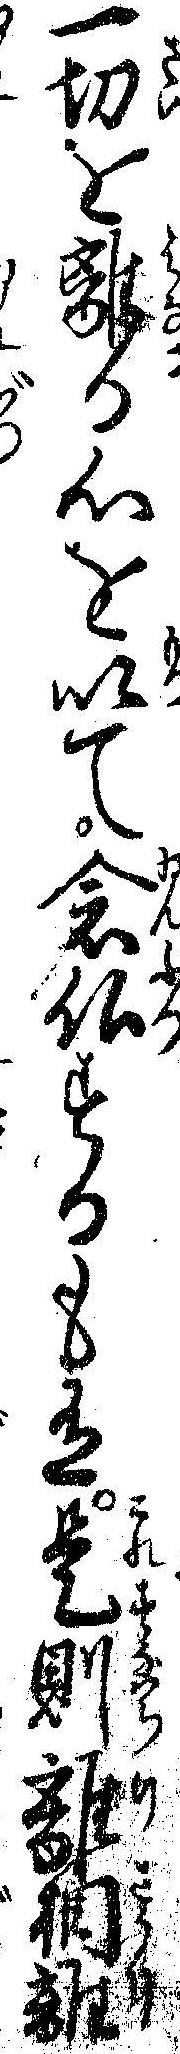
一切を離る心を以て念仏するも有是則離相離